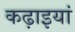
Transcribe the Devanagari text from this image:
कढ़ाइयां